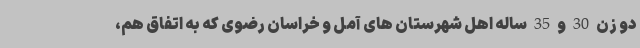
دو زن 30 و 35 ساله اهل شهرستان های آمل و خراسان رضوی که به اتفاق هم،